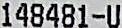
148481-U